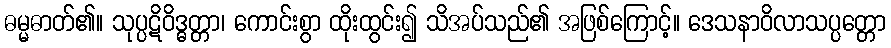
ဓမ္မဓာတ်၏။ သုပ္ပဋိဝိဒ္ဓတ္တာ၊ ကောင်းစွာ ထိုးထွင်း၍ သိအပ်သည်၏ အဖြစ်ကြောင့်။ ဒေသနာဝိလာသပ္ပတ္တော